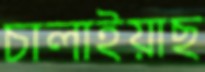
চালাইয়াছ